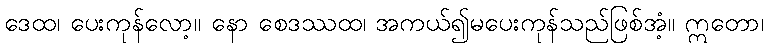
ဒေထ၊ ပေးကုန်လော့။ နော စေဒဿထ၊ အကယ်၍မပေးကုန်သည်ဖြစ်အံ့။ ဣတော၊